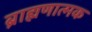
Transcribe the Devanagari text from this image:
ब्राह्मणात्मक